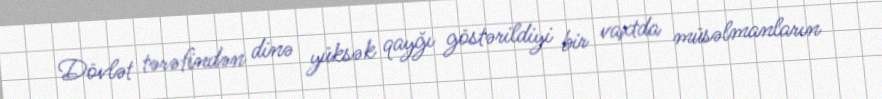
Dövlət tərəfindən dinə yüksək qayğı göstərildiyi bir vaxtda müsəlmanların